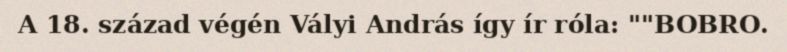
A 18. század végén Vályi András így ír róla: ""BOBRO.